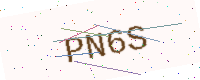
Text: PN6S